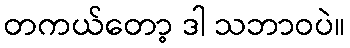
တကယ်တော့ ဒါ သဘာဝပဲ။